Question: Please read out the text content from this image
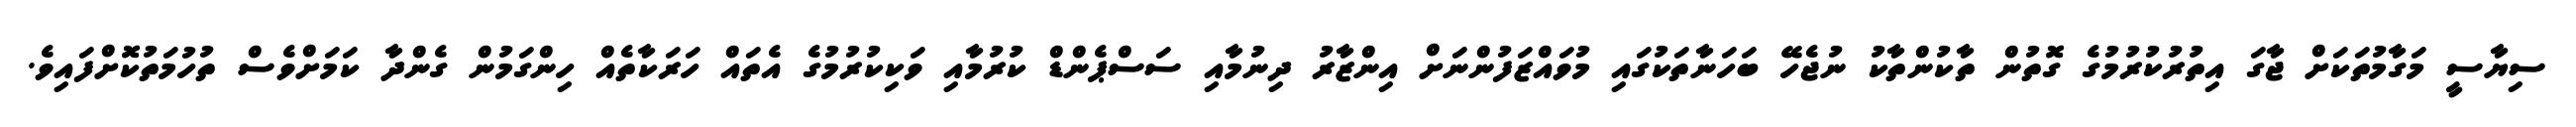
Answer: ސިޔާސީ މަގާމުތަކަށް ޖާގަ އިތުރުކުރުމުގެ ގޮތުން ތާކުންތާކު ނުޖެހޭ ބަހަނާތަކުގައި މުވައްޒަފުންނަށް އިންޒާރު ދިނުމާއި ސަސްޕެންޑް ކުރުމާއި ވަކިކުރުމުގެ އެތައް ހަރަކާތެއް ހިންގަމުން ގެންދާ ކަމަށްވެސް ތުހުމަތުކޮށްފައިވެ.